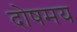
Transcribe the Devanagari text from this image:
दोषमय